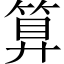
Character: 算